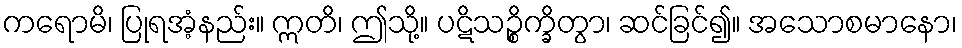
ကရောမိ၊ ပြုရအံ့နည်း။ ဣတိ၊ ဤသို့။ ပဋိသဉ္စိက္ခိတွာ၊ ဆင်ခြင်၍။ အသောစမာနော၊